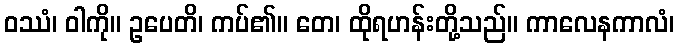
ဝဿံ၊ ဝါကို။ ဥပေတိ၊ ကပ်၏။ တေ၊ ထိုရဟန်းတို့သည်။ ကာလေနကာလံ၊